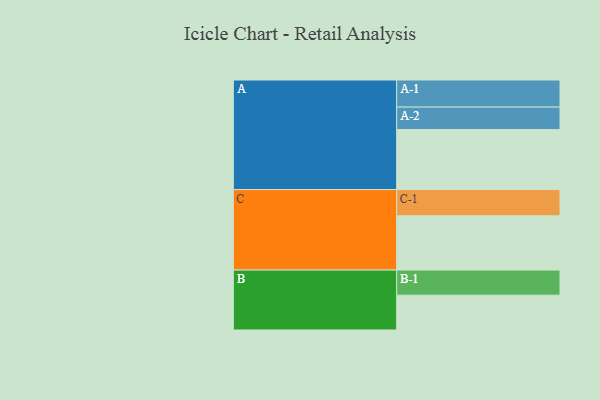
{"axis": {"x": "Segment", "y": "Value"}, "legend": ["", "A", "B", "C"], "data": [{"x": "A", "y": 561, "type": ""}, {"x": "B", "y": 325, "type": ""}, {"x": "C", "y": 507, "type": ""}, {"x": "A-1", "y": 253, "type": "A"}, {"x": "A-2", "y": 210, "type": "A"}, {"x": "B-1", "y": 235, "type": "B"}, {"x": "C-1", "y": 245, "type": "C"}]}